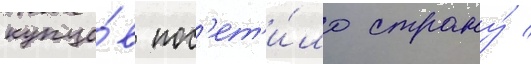
купцо́в пос'ет'и́ло страну́ /